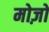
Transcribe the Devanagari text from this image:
मोज़ों